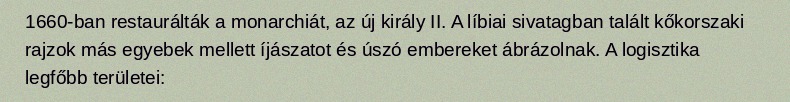
1660-ban restaurálták a monarchiát, az új király II. A líbiai sivatagban talált kőkorszaki rajzok más egyebek mellett íjászatot és úszó embereket ábrázolnak. A logisztika legfőbb területei: